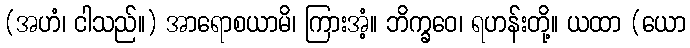
(အဟံ၊ ငါသည်။) အာရောစယာမိ၊ ကြားအံ့။ ဘိက္ခဝေ၊ ရဟန်းတို့။ ယထာ (ယော